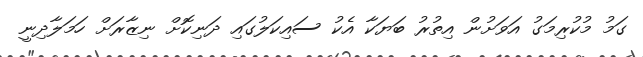
ގަމު މުކުރިމަގު އަވަށުން އިތުރު ބަޔަކާ އެކު ސައިކަލުގައި ދަނިކޮށް ނިޒާރަށް ހަމަލާދިނީ